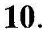
10.